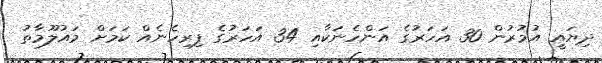
ދިޔައީ އުމުރުން 30 އަހަރުގެ އަންހެނަކާއި 34 އަހަރުގެ ފިރިހެނެއް ކަމަށް މައުލޫމާތު